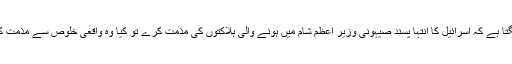
آپ کو کیا لگتا ہے کہ اسرائیل کا انتہا پسند صیہونی وزیرِ اعظم شام میں ہونے والی ہلاکتوں کی مذمت کرے تو کیا وہ واقعی خلوص سے مذمت کر رہا ہوگا؟